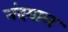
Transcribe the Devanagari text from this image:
नंदयाल